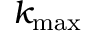
k _ { \mathrm { m a x } }